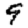
Digit: 9